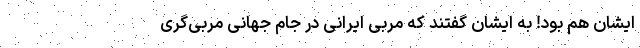
ایشان هم بود! به ایشان گفتند که مربی ایرانی در جام جهانی مربی‌گری